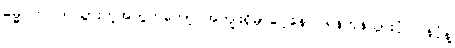
ဓမ္မဂုတ်။ ။ သွားတဲ့အတွက်တော့ အကျိုးရှိမှာပေါ့နော်၊ ရန်ကုန်သွားပုံ ပြန်ပုံနဲ့